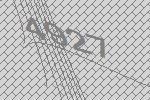
4927